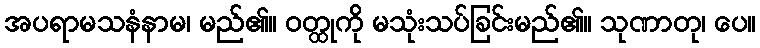
အပရာမသနံနာမ၊ မည်၏။ ဝတ္ထုကို မသုံးသပ်ခြင်းမည်၏။ သုဏာတု၊ ပေ။